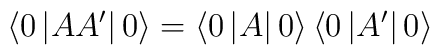
\left\langle 0\left|  AA^{\prime}\right|  0\right\rangle =\left\langle0\left|  A\right|  0\right\rangle \left\langle 0\left|  A^{\prime}\right|0\right\rangle